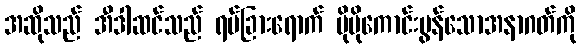
အဆိုသည် အီဒါဆင်သည် ရပ်ခြားရောက် ပိုမိုကောင်းမွန်သောအနာဂတ်ကို